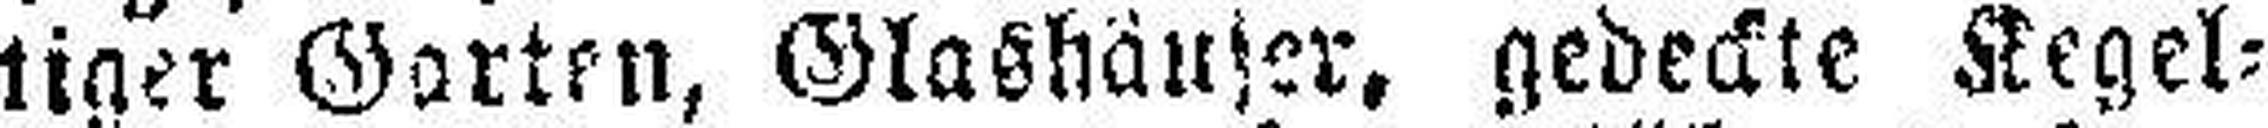
tiger Garten, Glashäuser, gedeckte Kegel¬